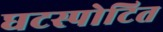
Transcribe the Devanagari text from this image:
घटस्पोटित